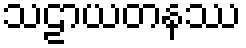
သဠာယတနဿ